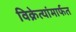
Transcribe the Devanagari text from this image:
विक्रेत्यांमार्फत